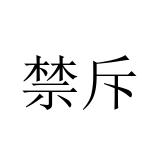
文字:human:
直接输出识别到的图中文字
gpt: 禁斥